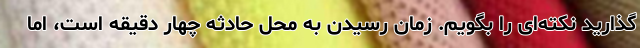
گذارید نکته‌ای را بگویم. زمان رسیدن به محل حادثه چهار دقیقه است، اما